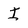
Character: I